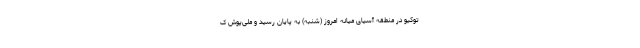
توکیو در منطقه آسیای میانه امروز (شنبه) به پایان رسید و ملی‌پوش ک